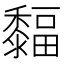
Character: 䵗